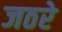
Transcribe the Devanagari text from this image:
जठरे